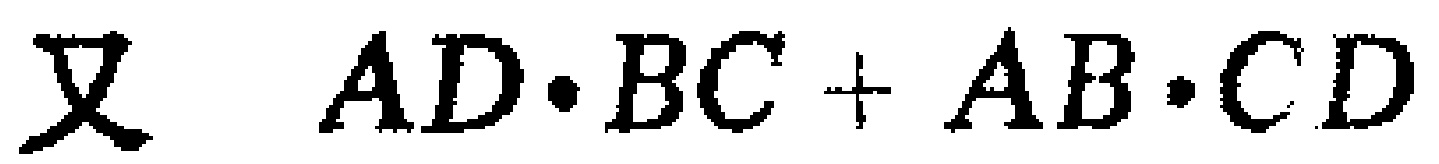
又 \(AD\cdot BC + AB\cdot CD\)